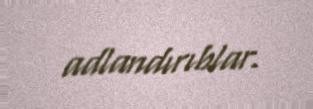
adlandırıblar.